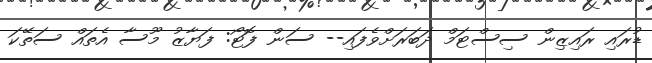
ޑުރައި ރައިޒިން ސިސްޓަމް ދަބަރަށްވެފައި-- ސަން ފޮޓޯ: ފަޔާޒު މޫސާ އެތައް ސަތޭކަ